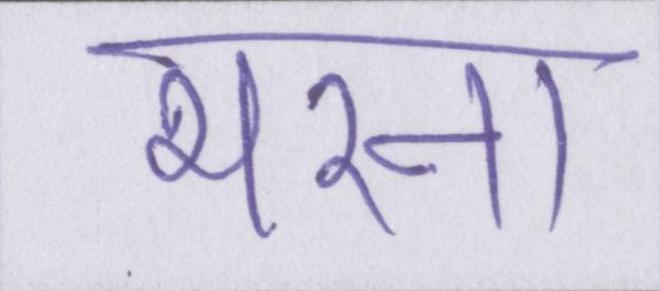
भरना